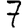
Digit: 7